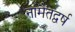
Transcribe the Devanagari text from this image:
नामैतद्वर्ष